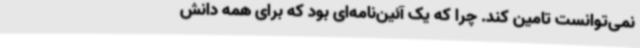
نمی‌توانست تامین کند. چرا که یک آئین‌نامه‌ای بود که برای همه دانش